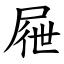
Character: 屜